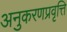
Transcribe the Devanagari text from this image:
अनुकरणप्रवृत्ति